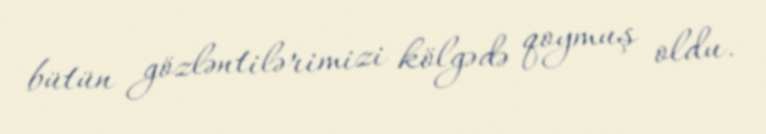
bütün gözləntilərimizi kölgədə qoymuş oldu.